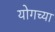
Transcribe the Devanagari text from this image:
योगच्या